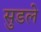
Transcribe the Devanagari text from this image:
सुडले